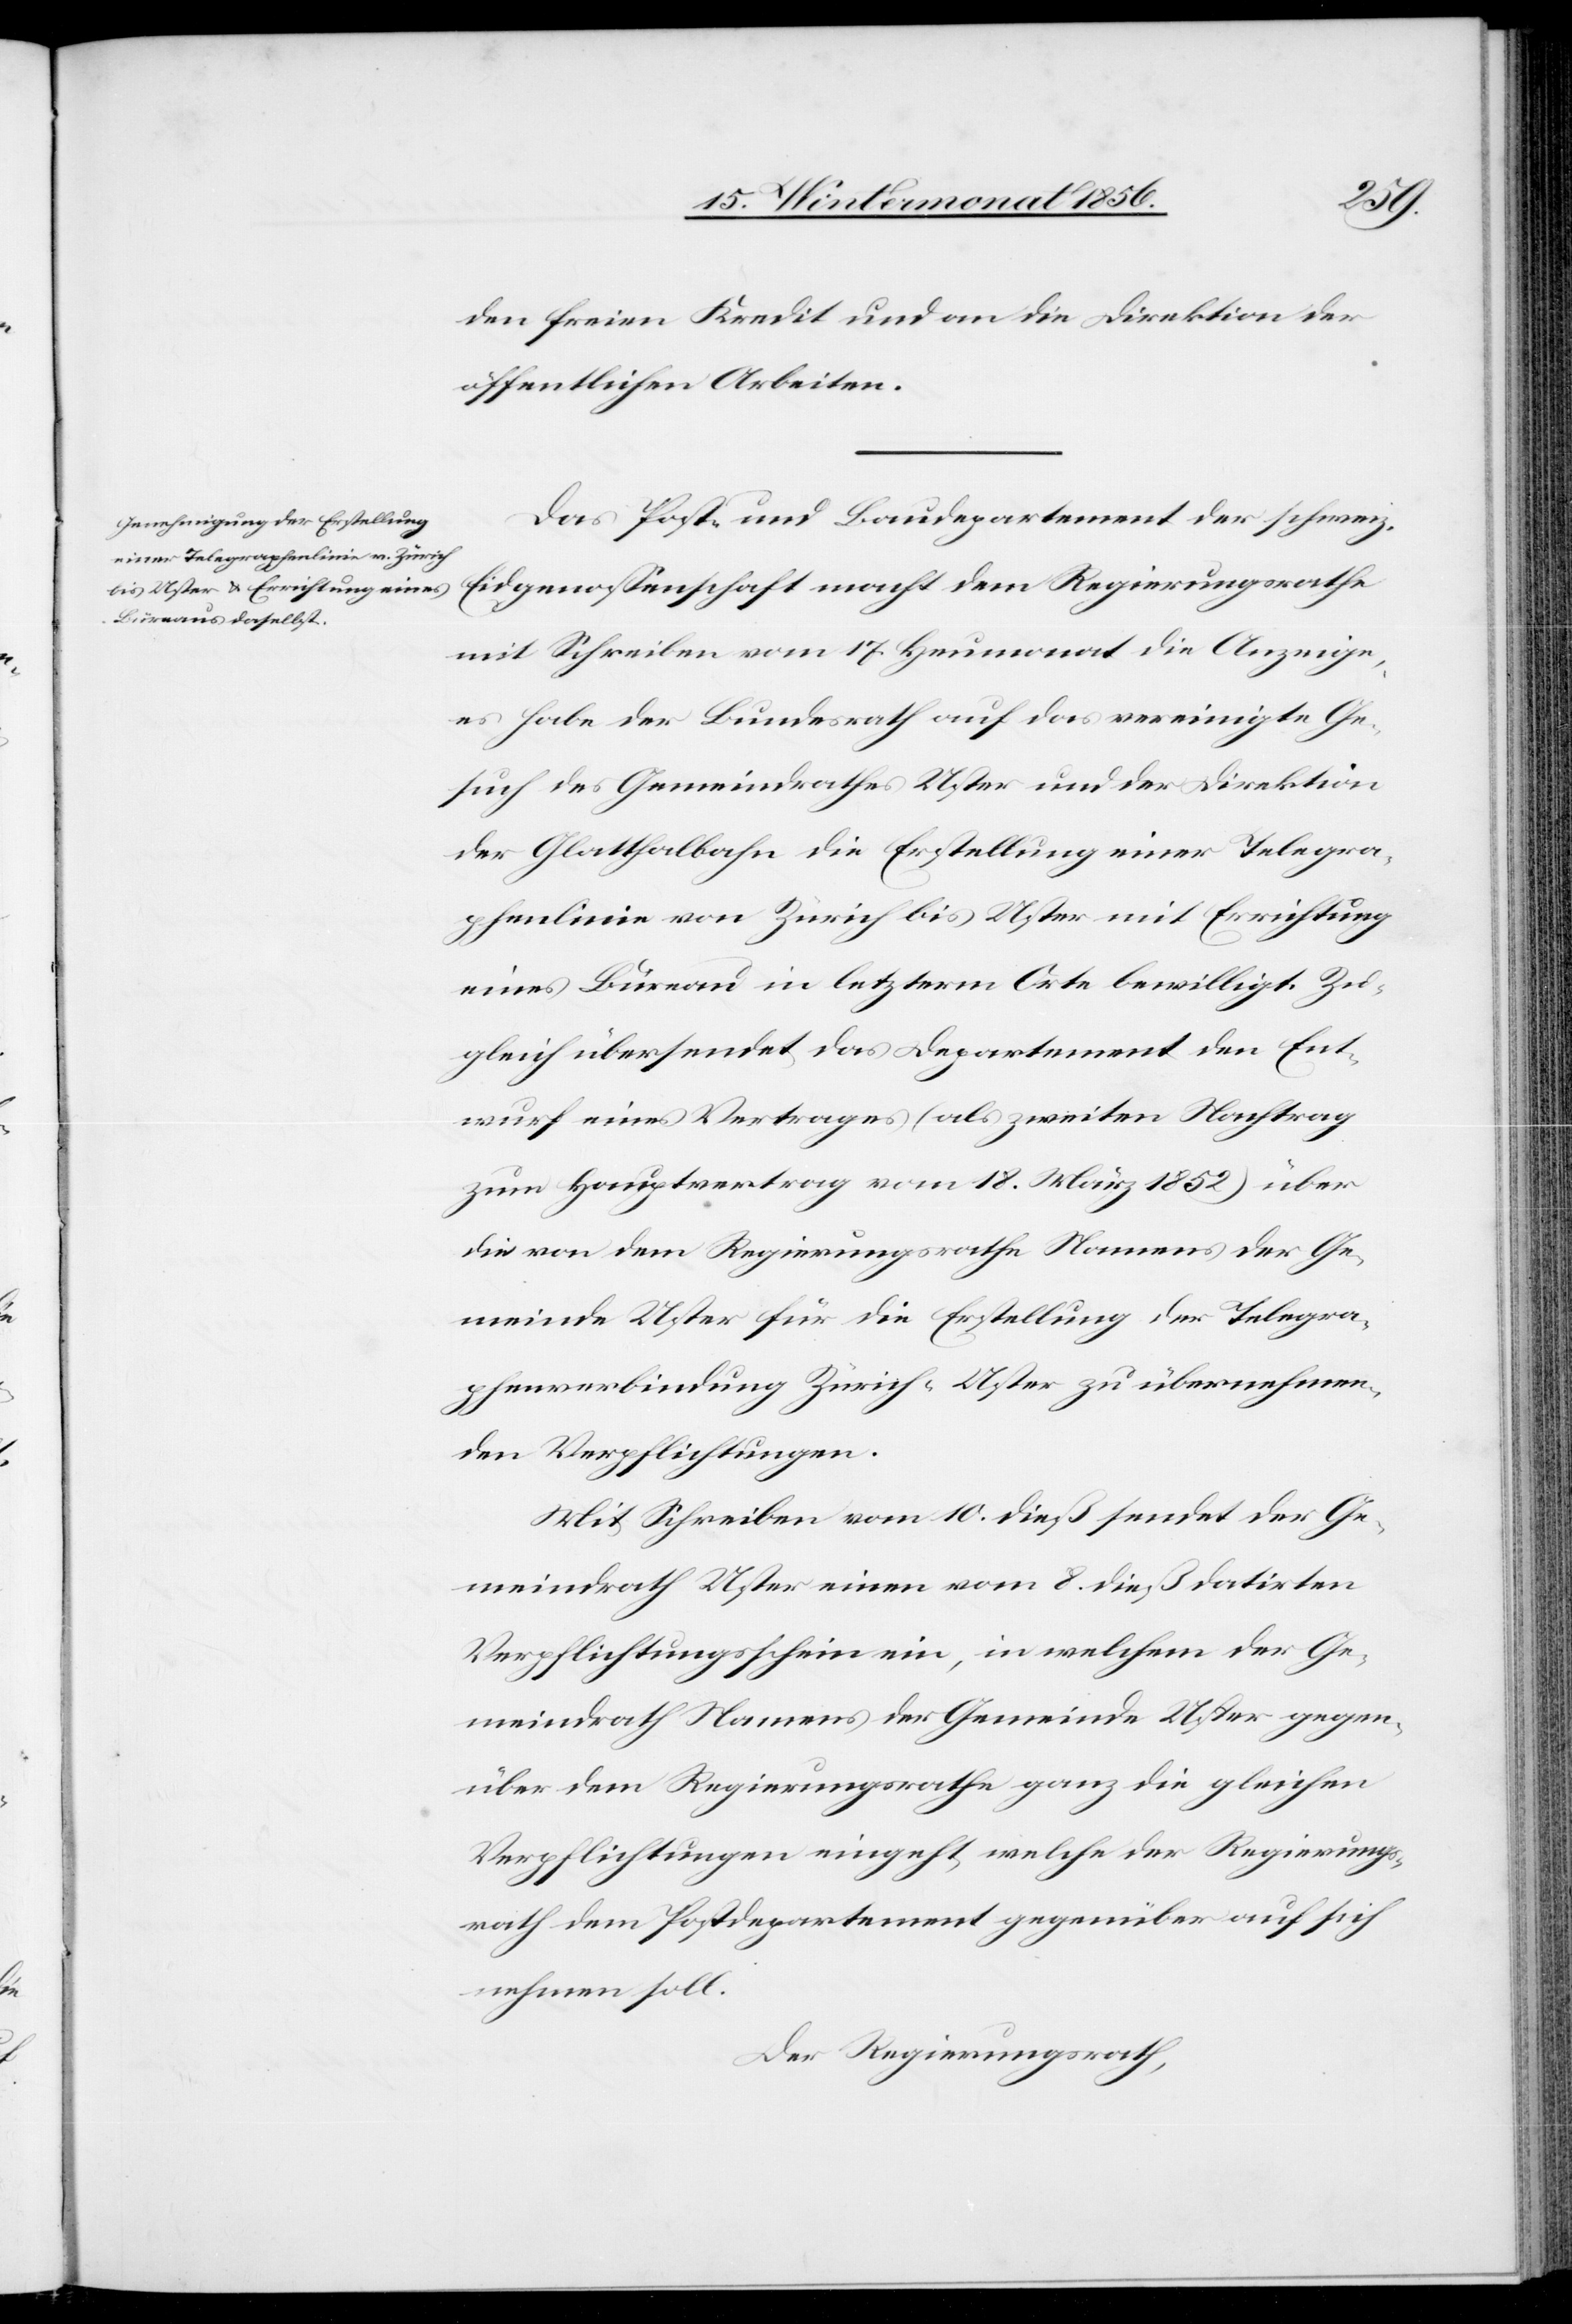
den freien Kredit und an die Direktion der
öffentlichen Arbeiten.
Das Post- und Baudepartement der schweiz.
Eidgenossenschaft macht dem Regierungsrathe
mit Schreiben vom 17. Heumonat die Anzeige,
es habe der Bundesrath auf das vereinigte Ge¬
such des Gemeindrathes Uster und der Direktion
der Glatthalbahn die Erstellung einer Telegra¬
phenlinie von Zürich bis Uster mit Errichtung
eines Büreau in letzterm Orte bewilligt. Zu¬
gleich übersendet das Departement den Ent¬
wurf eines Vertrages (als zweiten Nachtrag
zum Hauptvertrag vom 18. März 1852) über
die von dem Regierungsrathe Namens der Ge¬
meinde Uster für Erstellung der Telegra¬
phenverbindung Zürich-Uster zu übernehmen¬
den Verpflichtungen.
Mit Schreiben vom 10. dieß sendet der Ge¬
meindrath Uster einen vom 8. dieß datirten
Verpflichtungsschein ein, in welchem der Ge¬
meindrath Namens der Gemeinde Uster gegen¬
über dem Regierungsrathe ganz die gleichen
Verpflichtungen eingeht, welche der Regierungs¬
rath dem Postdepartement gegenüber auf sich
nehmen soll.
Der Regierungsrath,